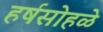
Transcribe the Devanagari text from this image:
हर्षसोहळे